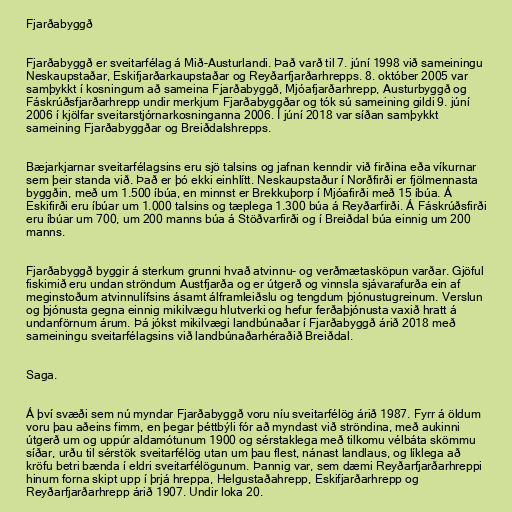
Fjarðabyggð

Fjarðabyggð er sveitarfélag á Mið-Austurlandi. Það varð til 7. júní 1998 við sameiningu
Neskaupstaðar, Eskifjarðarkaupstaðar og Reyðarfjarðarhrepps. 8. október 2005 var
samþykkt í kosningum að sameina Fjarðabyggð, Mjóafjarðarhrepp, Austurbyggð og
Fáskrúðsfjarðarhrepp undir merkjum Fjarðabyggðar og tók sú sameining gildi 9. júní
2006 í kjölfar sveitarstjórnarkosninganna 2006. Í júní 2018 var síðan samþykkt
sameining Fjarðabyggðar og Breiðdalshrepps.

Bæjarkjarnar sveitarfélagsins eru sjö talsins og jafnan kenndir við firðina eða víkurnar
sem þeir standa við. Það er þó ekki einhlítt. Neskaupstaður í Norðfirði er fjölmennasta
byggðin, með um 1.500 íbúa, en minnst er Brekkuþorp í Mjóafirði með 15 íbúa. Á
Eskifirði eru íbúar um 1.000 talsins og tæplega 1.300 búa á Reyðarfirði. Á Fáskrúðsfirði
eru íbúar um 700, um 200 manns búa á Stöðvarfirði og í Breiðdal búa einnig um 200
manns.

Fjarðabyggð byggir á sterkum grunni hvað atvinnu- og verðmætasköpun varðar. Gjöful
fiskimið eru undan ströndum Austfjarða og er útgerð og vinnsla sjávarafurða ein af
meginstoðum atvinnulífsins ásamt álframleiðslu og tengdum þjónustugreinum. Verslun
og þjónusta gegna einnig mikilvægu hlutverki og hefur ferðaþjónusta vaxið hratt á
undanförnum árum. Þá jókst mikilvægi landbúnaðar í Fjarðabyggð árið 2018 með
sameiningu sveitarfélagsins við landbúnaðarhéraðið Breiðdal.

Saga.

Á því svæði sem nú myndar Fjarðabyggð voru níu sveitarfélög árið 1987. Fyrr á öldum
voru þau aðeins fimm, en þegar þéttbýli fór að myndast við ströndina, með aukinni
útgerð um og uppúr aldamótunum 1900 og sérstaklega með tilkomu vélbáta skömmu
síðar, urðu til sérstök sveitarfélög utan um þau flest, nánast landlaus, og líklega að
kröfu betri bænda í eldri sveitarfélögunum. Þannig var, sem dæmi Reyðarfjarðarhreppi
hinum forna skipt upp í þrjá hreppa, Helgustaðahrepp, Eskifjarðarhrepp og
Reyðarfjarðarhrepp árið 1907. Undir loka 20.